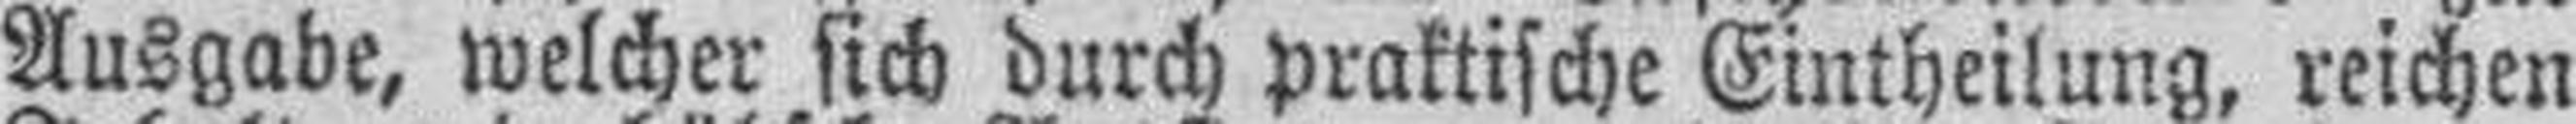
Ausgabe, welcher sich durch praktische Eintheilung, reichen